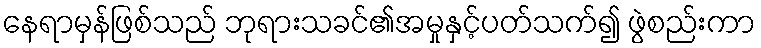
နေရာမှန်ဖြစ်သည် ဘုရားသခင်၏အမှုနှင့်ပတ်သက်၍ ဖွဲစည်းကာ